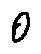
0